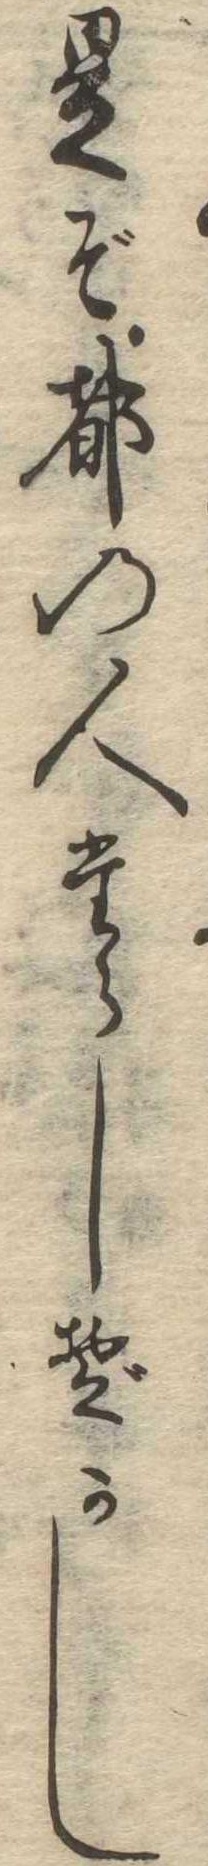
是ぞ都の人たらしぞかし